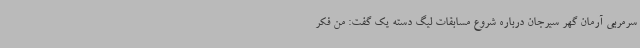
سرمربی آرمان گهر سیرجان درباره شروع مسابقات لیگ دسته یک گفت: من فکر